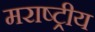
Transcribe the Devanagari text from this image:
मराष्ट्रीय